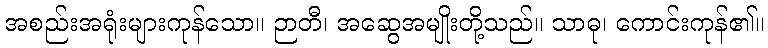
အစည်းအရုံးများကုန်သော။ ဉာတီ၊ အဆွေအမျိုးတို့သည်။ သာဓု၊ ကောင်းကုန်၏။